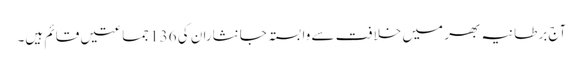
آج برطانیہ بھر میں خلافت سے وابستہ جانثاران کی 136 جماعتیں قائم ہیں۔